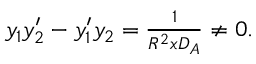
\begin{array} { r } { y _ { 1 } y _ { 2 } ^ { \prime } - y _ { 1 } ^ { \prime } y _ { 2 } = \frac { 1 } { R ^ { 2 } x D _ { A } } \neq 0 . } \end{array}